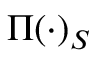
\Pi ( \cdot ) _ { S }